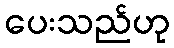
ပေးသည်ဟု